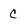
Character: c